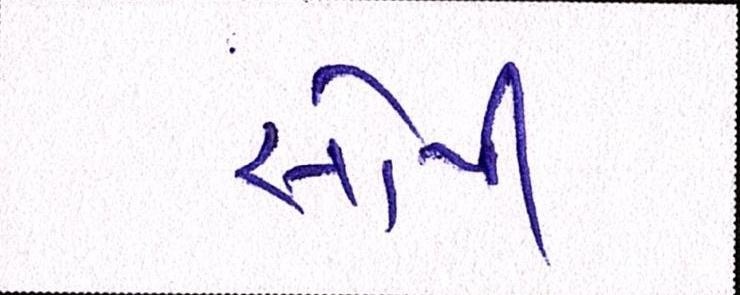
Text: સોપી